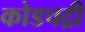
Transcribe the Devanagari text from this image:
कोडचद्री